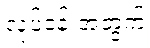
လုပ်ငန်းအတွက်